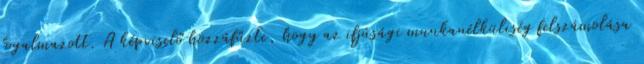
fogalmazott. A képviselő hozzáfűzte, hogy az ifjúsági munkanélküliség felszámolása